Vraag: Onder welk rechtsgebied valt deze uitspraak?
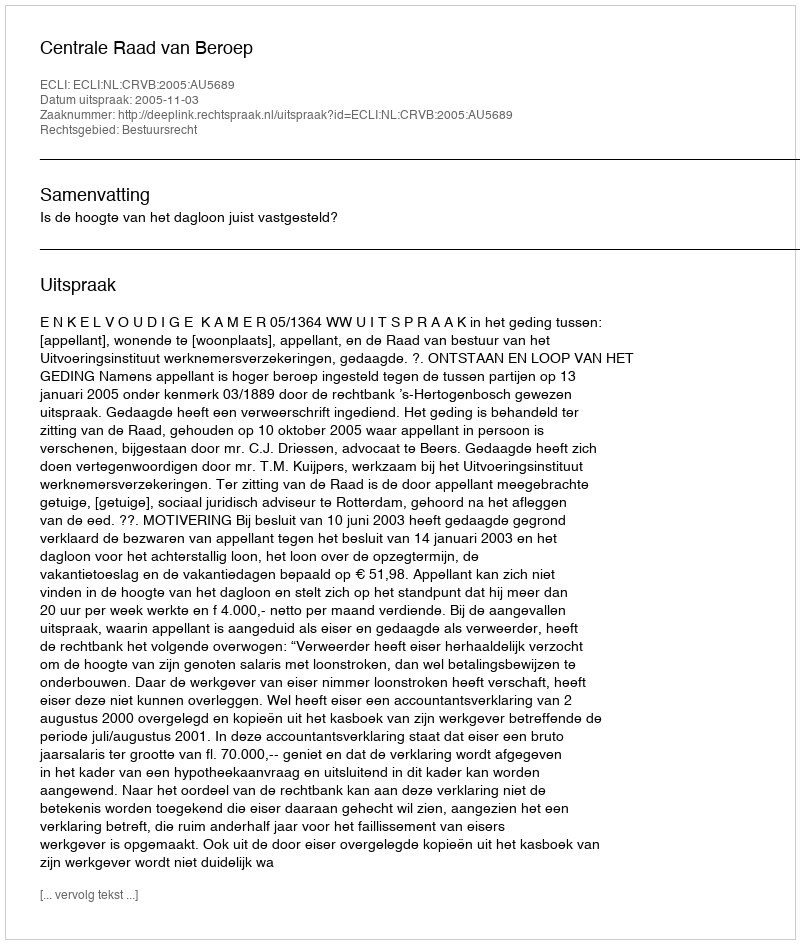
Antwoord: Bestuursrecht